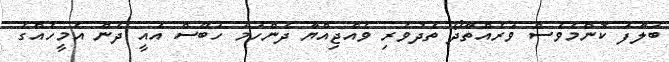
ބަލާފަ ކޮންމެވެސް ވަރެއްތާދޯ ތެދުވެރި ވެއްޖިއްޔާ ދެންހަމަ ހަބޭސް އެއީ ދެން އެމީހެއްގެ